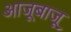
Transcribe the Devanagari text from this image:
आजूबाजू